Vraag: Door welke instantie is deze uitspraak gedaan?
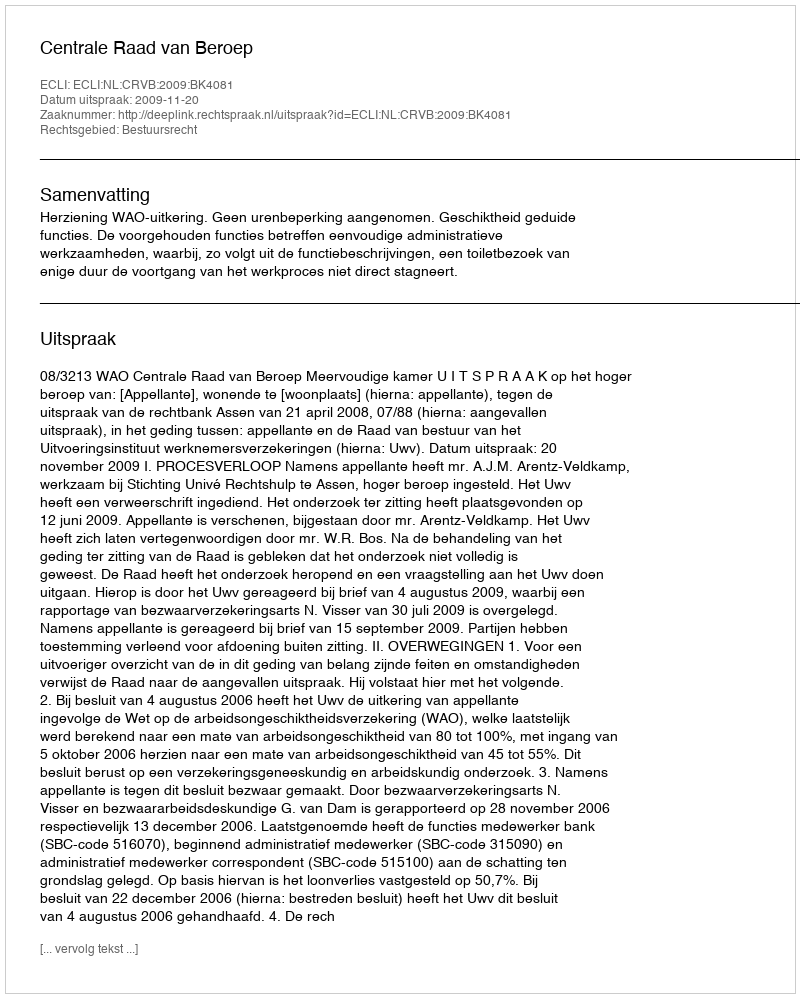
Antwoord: Centrale Raad van Beroep